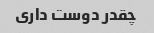
چقدر دوست داری